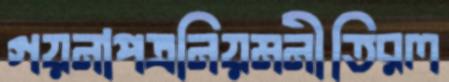
গয়নাপত্রনিয়মনীতিরল